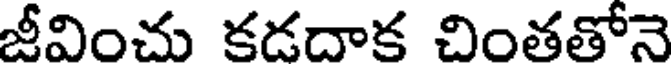
జీవించు కడదాక చింతతోనె